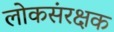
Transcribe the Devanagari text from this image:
लोकसंरक्षक